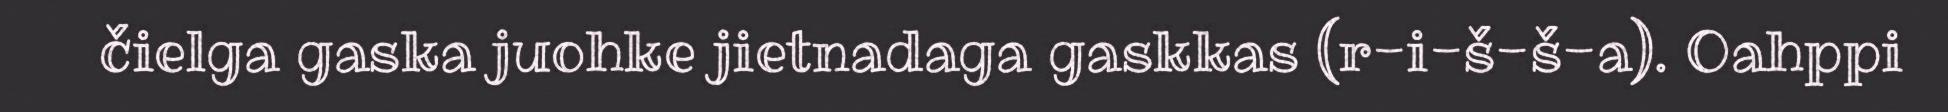
čielga gaska juohke jietnadaga gaskkas (r-i-š-š-a). Oahppi